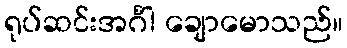
ရုပ်ဆင်းအင်္ဂါ ချောမောသည်။